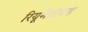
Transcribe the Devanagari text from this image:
रियूमेटॉयड